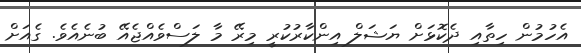
އެހުމުން ހިތާއި ދެކޮޅަށް ޔަޝަލް އިންކާރުކުރީ މިރޭ މާ ލަސްވެއްޖެއޭ ބުނެއެވެ. ގެއަށް